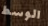
الوسط